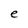
Character: e